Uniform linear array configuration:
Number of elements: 16
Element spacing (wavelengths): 1
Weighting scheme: blackman
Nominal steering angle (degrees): -60
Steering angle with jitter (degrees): -61.234
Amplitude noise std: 0.05
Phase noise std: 0.05

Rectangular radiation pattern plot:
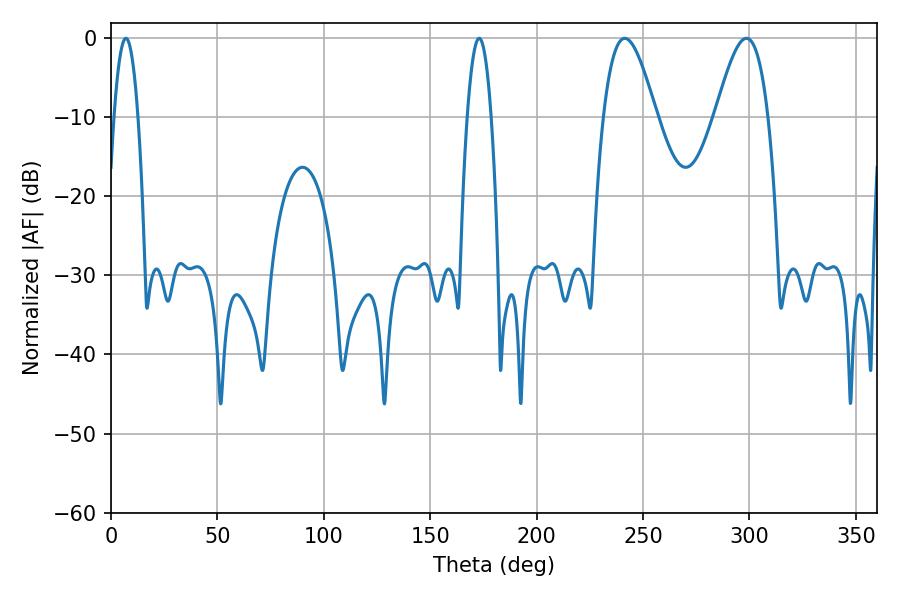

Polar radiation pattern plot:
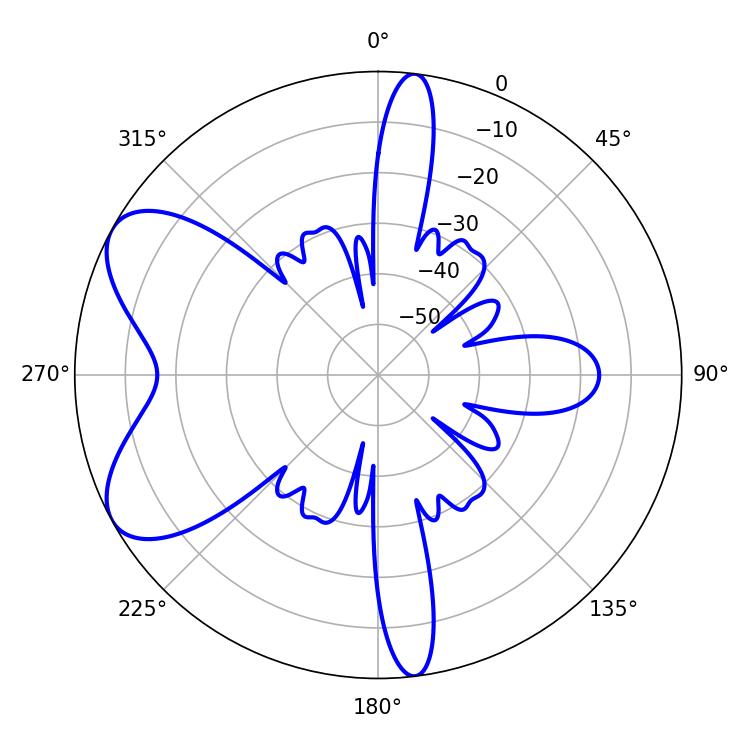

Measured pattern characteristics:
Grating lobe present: TRUE
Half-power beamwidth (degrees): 13.32
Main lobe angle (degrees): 241.38